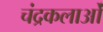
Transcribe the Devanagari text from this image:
चंद्रकलाओं